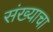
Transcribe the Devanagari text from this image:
संख्याचा